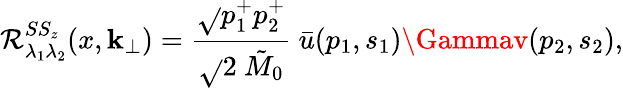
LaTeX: \mathcal{R}_{\lambda_{1}\lambda_{2}}^{SS_{z}}(x,\mathbf{k}_{\bot})={\frac{{\sqrt{}{{p_{1}^{+}p_{2}^{+}}}}}{{\sqrt{}{{2}}~{\tilde{{M}}_{0}}}}}~\bar{{u}}(p_{1},s_{1})\Gammav(p_{2},s_{2}),